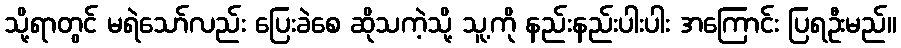
သို့ရာတွင် မရဲသော်လည်း ပြေးခဲစေ ဆိုသကဲ့သို့ သူ့ကို နည်းနည်းပါးပါး အကြောင်း ပြရဦးမည်။